Source: Handwritten
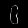
Digit: ၆ (6)